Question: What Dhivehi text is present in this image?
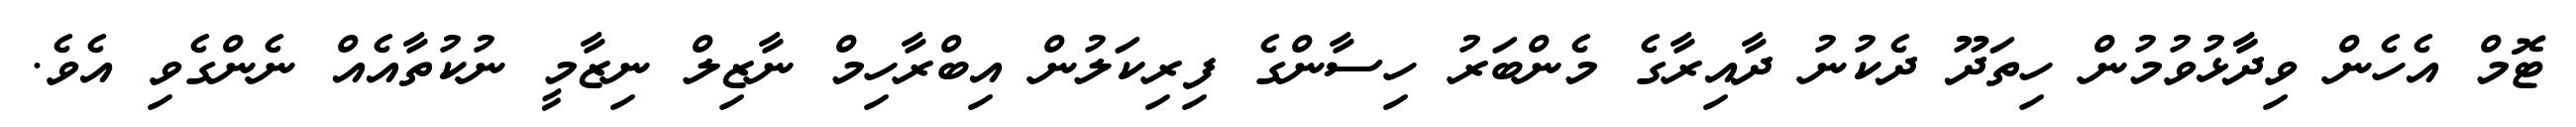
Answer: ޓޮމް އެހެން ވިދާާޅުވުމުން ހިތަދޫ ދެކުނު ދާއިރާގެ މެންބަރު ހިސާންގެ ފިރިކަލުން އިބްރާހިމް ނާޒިލް ނިޒާމީ ނުކުތާއެއް ނެންގެވި އެވެ.